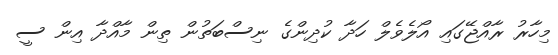
މިހާރު ރާއްޖޭގައި އޯލެވެލް ހަދާ ކުދިންގެ ނިސްބަތުން ތިން މާއްދާ އިން ސީ